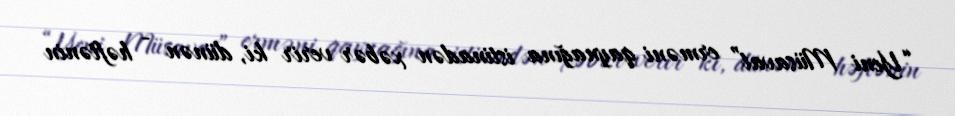
“Yeni Müsavat” erməni qaynağına istinadən xəbər verir ki, dünən - həftənin